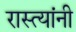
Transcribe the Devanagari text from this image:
रास्त्यांनी